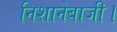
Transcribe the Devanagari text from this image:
निशानेबाजी।